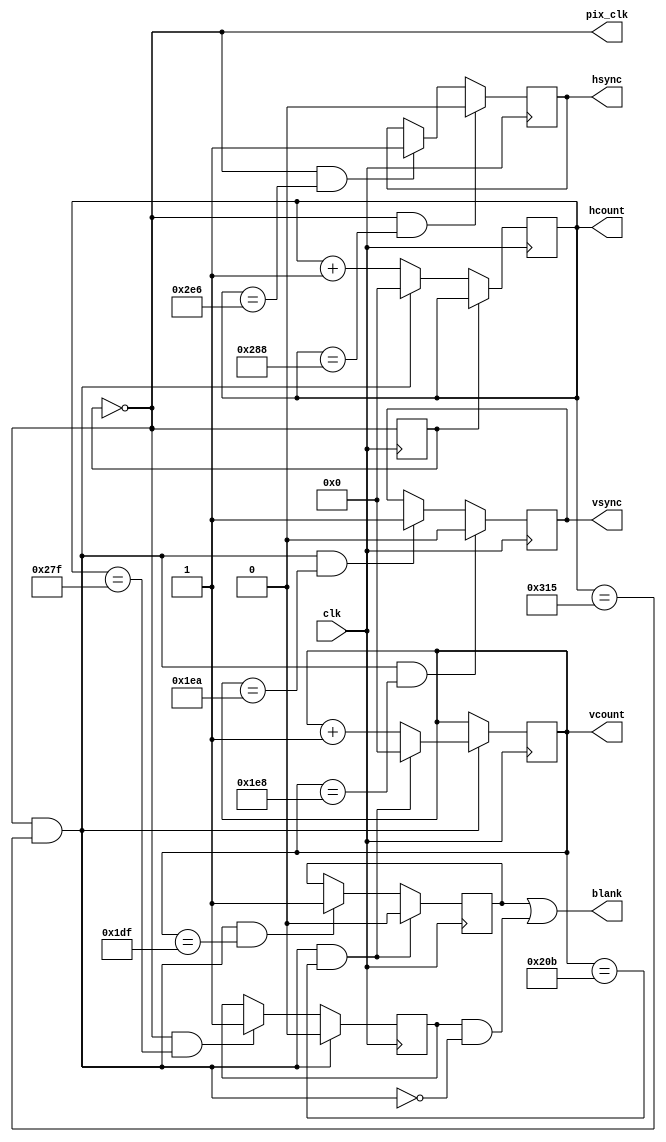
//
// Date:   04-Nov-05
//
// MIT 6.111 Fall 2005
//
// Verilog code to produce VGA sync signals (and blanking) for 640x480 screen
//
// 28-Nov-05 ike: adjusted vsync to be closer to vesa standard

module vga_sync(clk,hsync,vsync,hcount,vcount,pix_clk,blank);

   input clk;     // 50Mhz
   output hsync;
   output vsync;
   output [9:0] hcount, vcount;
   output 	pix_clk;
   output 	blank;
   
   // pixel clock: 25Mhz = 40ns (clk/2)
   reg 		pcount;		 // used to generate pixel clock
   wire 	en = (pcount == 0);
   always @ (posedge clk) pcount <= ~pcount;
   assign 	pix_clk = en;
   
   //****************************************************************
   //****************************************************************
   //***
   //***  Sync and Blanking Signals
   //***
   //****************************************************************
   //****************************************************************
   
   reg 		hsync,vsync,hblank,vblank;
   reg [9:0] 	hcount;      // pixel number on current line
   reg [9:0] 	vcount;	 // line number
   
   // horizontal: 794 pixels = 31.76us
   // display 640 pixels per line
   wire 	hsyncon,hsyncoff,hreset,hblankon;
   assign 	hblankon = en & (hcount == 639);    
   assign 	hsyncon = en & (hcount == 652-4);
   assign 	hsyncoff = en & (hcount == 746-4);
   assign 	hreset = en & (hcount == 793-4);
   
   wire 	blank =  (vblank | (hblank & ~hreset));    // blanking => black
   
   // vertical: 528 lines = 16.77us
   // display 480 lines
   wire 	vsyncon,vsyncoff,vreset,vblankon;
   assign 	vblankon = hreset & (vcount == 479);    
   assign 	vsyncon = hreset & (vcount == 492-4);
   assign 	vsyncoff = hreset & (vcount == 494-4);
   assign 	vreset = hreset & (vcount == 527-4);
   
   // sync and blanking
   always @(posedge clk) begin
      hcount <= en ? (hreset ? 0 : hcount + 1) : hcount;
      hblank <= hreset ? 0 : hblankon ? 1 : hblank;
      hsync <= hsyncon ? 0 : hsyncoff ? 1 : hsync;   // hsync is active low
      
      vcount <= hreset ? (vreset ? 0 : vcount + 1) : vcount;
      vblank <= vreset ? 0 : vblankon ? 1 : vblank;
      vsync <= vsyncon ? 0 : vsyncoff ? 1 : vsync;   // vsync is active low
   end
   
endmodule